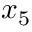
x _ { 5 }